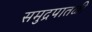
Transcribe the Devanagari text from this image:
समुद्रपातळी